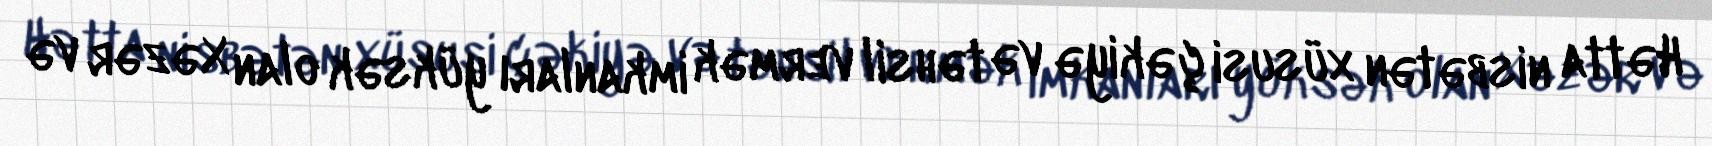
Hətta nisbətən xüsusi çəkiyə və təhsil vermək imkanları yüksək olan Xəzər və